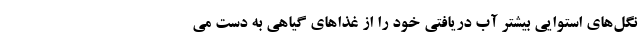
نگل‌های استوایی بیشتر آب دریافتی خود را از غذاهای گیاهی به دست می